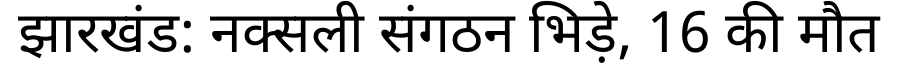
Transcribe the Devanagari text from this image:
झारखंड: नक्सली संगठन भिड़े, 16 की मौत